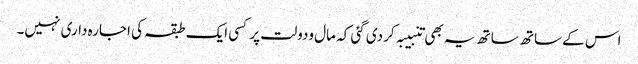
اس کے ساتھ ساتھ یہ بھی تنبیبہ کردی گئی کہ مال ودولت پر کسی ایک طبقہ کی اجارہ داری نہیں۔